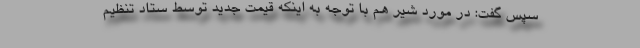
سپس گفت: در مورد شیر هم با توجه به اینکه قیمت جدید توسط ستاد تنظیم